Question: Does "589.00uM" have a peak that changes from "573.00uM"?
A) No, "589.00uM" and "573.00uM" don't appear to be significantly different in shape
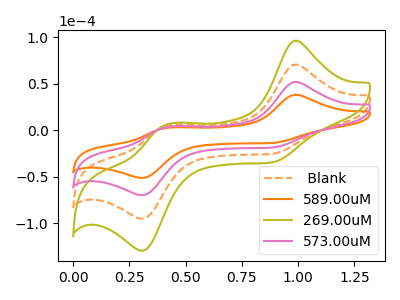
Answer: <think>The orange dashed curve " Blank" has anodic peaks at (1.00V, 103.55uA) (0.40V, 6.75uA) and cathodic peaks at (0.90V, -37.55uA) (0.30V, -139.50uA). The orange curve "589.00uM" has anodic peaks at (1.00V, 38.00uA) (0.40V, 2.45uA) and cathodic peaks at (0.90V, -13.80uA) (0.30V, -51.20uA). The olive curve "269.00uM" has anodic peaks at (1.00V, 155.35uA) (0.40V, 10.10uA) and cathodic peaks at (0.90V, -56.30uA) (0.30V, -209.25uA). The pink curve "573.00uM" has anodic peaks at (1.00V, 51.80uA) (0.40V, 3.35uA) and cathodic peaks at (0.90V, -18.75uA) (0.30V, -69.75uA).
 All the peaks in "589.00uM" have a peak in "573.00uM" at the same potential. Every peak in "589.00uM" is lower than every peak in "573.00uM".</think>
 <answer>A) No, "589.00uM" and "573.00uM" don't appear to be significantly different in shape</answer>
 <eval>A</eval>